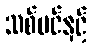
သစ်ပင်နှင့်